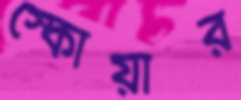
স্কোয়ার